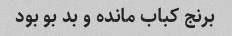
برنج کباب مانده و بد بو بود